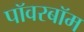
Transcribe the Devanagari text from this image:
पॉवरबॉम